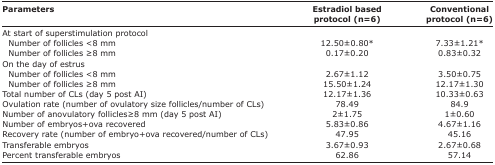
| Parameters | Estradiol based protocol (n=6) | Conventional protocol (n=6) |
 | --- | --- | --- |
 | At start of superstimulation protocol |  |  |
 | Number of follicles <8 mm | 12.50±0.80* | 7.33±1.21* |
 | Number of follicles ≥8 mm | 0.17±0.20 | 0.83±0.32 |
 | On the day of estrus |  |  |
 | Number of follicles <8 mm | 2.67±1.12 | 3.50±0.75 |
 | Number of follicles ≥8 mm | 15.50±1.24 | 12.17±1.30 |
 | Total number of CLs (day 5 post AI) | 12.17±1.36 | 10.33±0.63 |
 | Ovulation rate (number of ovulatory size follicles/number of CLs) | 78.49 | 84.9 |
 | Number of anovulatory follicles≥8 mm (day 5 post AI) | 2±1.75 | 1±0.60 |
 | Number of embryos+ova recovered | 5.83±0.86 | 4.67±1.16 |
 | Recovery rate (number of embryo+ova recovered/number of CLs) | 47.95 | 45.16 |
 | Transferable embryos | 3.67±0.93 | 2.67±0.68 |
 | Percent transferable embryos | 62.86 | 57.14 |